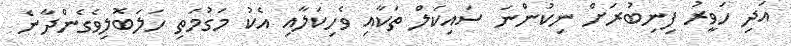
އަދި ހަވީރު ފިނިބުރަށް ނިކުންނަ ސައިކަލް ތަކާއި ވެހިކަލާއި އެކު މަގުމަތި ހަލަބޮލިވެގެންދާނެ